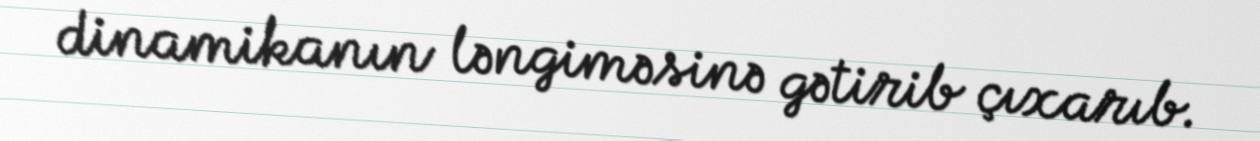
dinamikanın ləngiməsinə gətirib çıxarıb.